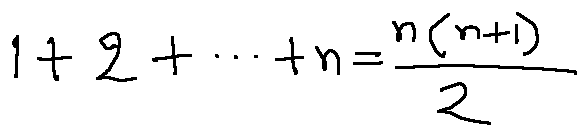
1 + 2 + \cdots + n = \frac { n ( n + 1 ) } { 2 }